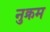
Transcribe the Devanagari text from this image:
नुक्रम